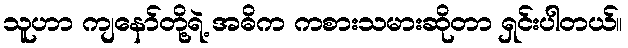
သူဟာ ကျနော်တို့ရဲ့ အဓိက ကစားသမားဆိုတာ ရှင်းပါတယ်။